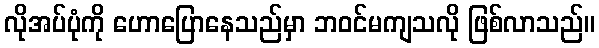
လိုအပ်ပုံကို ဟောပြောနေသည်မှာ ဘဝင်မကျသလို ဖြစ်လာသည်။